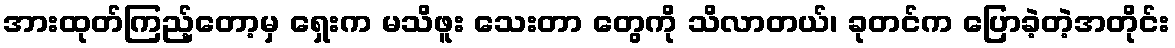
အားထုတ်ကြည့်တော့မှ ရှေးက မသိဖူး သေးတာ တွေကို သိလာတယ်၊ ခုတင်က ပြောခဲ့တဲ့အတိုင်း